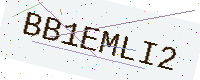
Text: BB1EMLI2